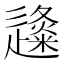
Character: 𨗬